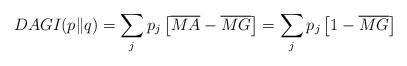
LaTeX: \begin{align*}DAGI(p\|q)=\sum_{j}p_{j}\left[\overline{MA}-\overline{MG}\right]=\sum_{j}p_{j}\left[1-\overline{MG}\right] \end{align*}